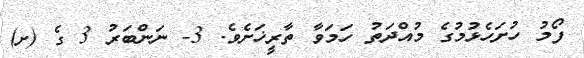
ފޯމު ހުށަހެޅުމުގެ މުއްދަތު ހަމަވާ ތާރީޚަށެވެ. 3- ނަންބަރު 3 ގެ (ށ)